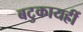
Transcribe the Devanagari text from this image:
बटुकायह्रीं